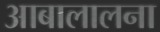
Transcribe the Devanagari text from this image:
आबालालना